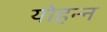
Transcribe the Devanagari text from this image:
योहन्न